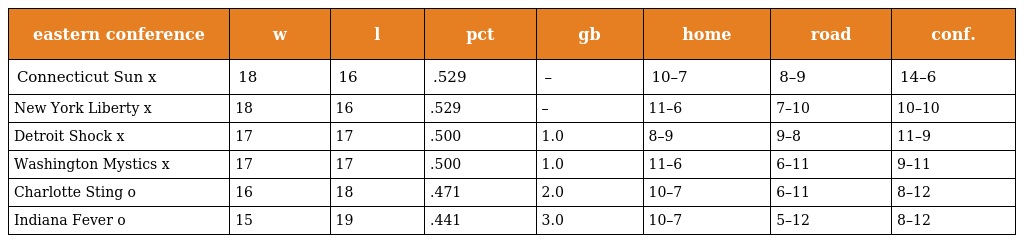
| eastern conference | w | l | pct | gb | home | road | conf. |
 | --- | --- | --- | --- | --- | --- | --- | --- |
 | Connecticut Sun x | 18 | 16 | .529 | – | 10–7 | 8–9 | 14–6 |
 | New York Liberty x | 18 | 16 | .529 | – | 11–6 | 7–10 | 10–10 |
 | Detroit Shock x | 17 | 17 | .500 | 1.0 | 8–9 | 9–8 | 11–9 |
 | Washington Mystics x | 17 | 17 | .500 | 1.0 | 11–6 | 6–11 | 9–11 |
 | Charlotte Sting o | 16 | 18 | .471 | 2.0 | 10–7 | 6–11 | 8–12 |
 | Indiana Fever o | 15 | 19 | .441 | 3.0 | 10–7 | 5–12 | 8–12 |